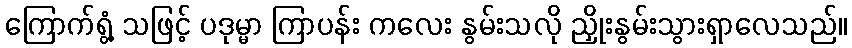
ကြောက်ရွံ့ သဖြင့် ပဒုမ္မာ ကြာပန်း ကလေး နွမ်းသလို ညှိုးနွမ်းသွားရှာလေသည်။